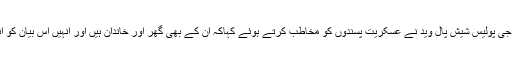
اپنی گفتگو میں ڈی جی پولیس شیش پال وید نے عسکریت پسندوں کو مخاطب کرتے ہوئے کہاکہ ان کے بھی گھر اور خاندان ہیں اور انہیں اس بیان کو انتباہ سمجھنا چاہیے۔